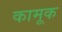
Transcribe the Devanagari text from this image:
कामूक